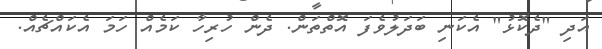
އަދި "ދެކޮޅު" އެކަނި ބަދަލުވެފަ އޮތްތަން. ދެން ހުރިހާ ކަމެއް ހަމަ އެކައްޗެއް.